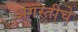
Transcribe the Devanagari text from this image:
अगस्तीचे